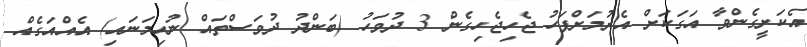
އެކަށީގެންވާ އަގަކަށް އެރުމަށްފަހު ޖެހިޖެހިގެން 3 ދުވަހު (ބަންދު ދުވަސްތައް ނުހިމަނައި) އެއްއަގެއް